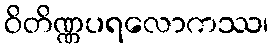
ဝိတိဏ္ဏပရလောကဿ၊